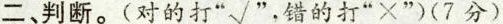
二、判断。(对的打”√”，错的打”×”)(7分)